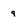
Character: 9